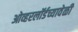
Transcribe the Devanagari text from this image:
ओव्हरलॉर्डच्यावेळी